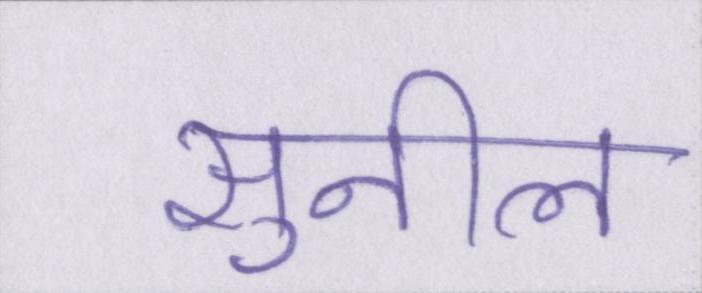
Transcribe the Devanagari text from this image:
सुनील